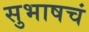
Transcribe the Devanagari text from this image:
सुभाषचं